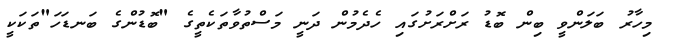
މިހާރު ބަލަންވީ ބިން ބޮޑު ރަށްރަށުގައި ހެދެމުން ދަނީ މަސްތުވާތަކެތީގެ "ބޮޑުންގެ ބަނޑަހަ"ތަކަކީ